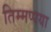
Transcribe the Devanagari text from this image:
तिम्मप्पया